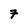
Character: 7